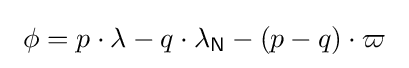
\ \phi =p\cdot \lambda -q\cdot \lambda _{\mathsf {N}}-(p-q)\cdot \varpi \